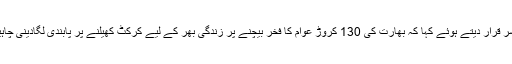
راشد خان نے اپنی ٹوئٹ میں ویرات کوہلی کو فکسر قرار دیتے ہوئے کہا کہ بھارت کی 130 کروڑ عوام کا فخر بیچنے پر زندگی بھر کے لیے کرکٹ کھیلنے پر پابندی لگادینی چاہیے اور انہیں سلاخوں کے پیچھے ڈال دینا چاہیے۔